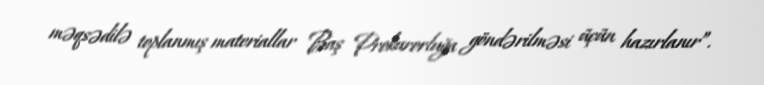
məqsədilə toplanmış materiallar Baş Prokurorluğa göndərilməsi üçün hazırlanır”.